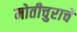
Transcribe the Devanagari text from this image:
मोतीचुराचे